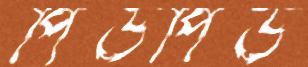
পিউপিউ